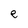
Character: e